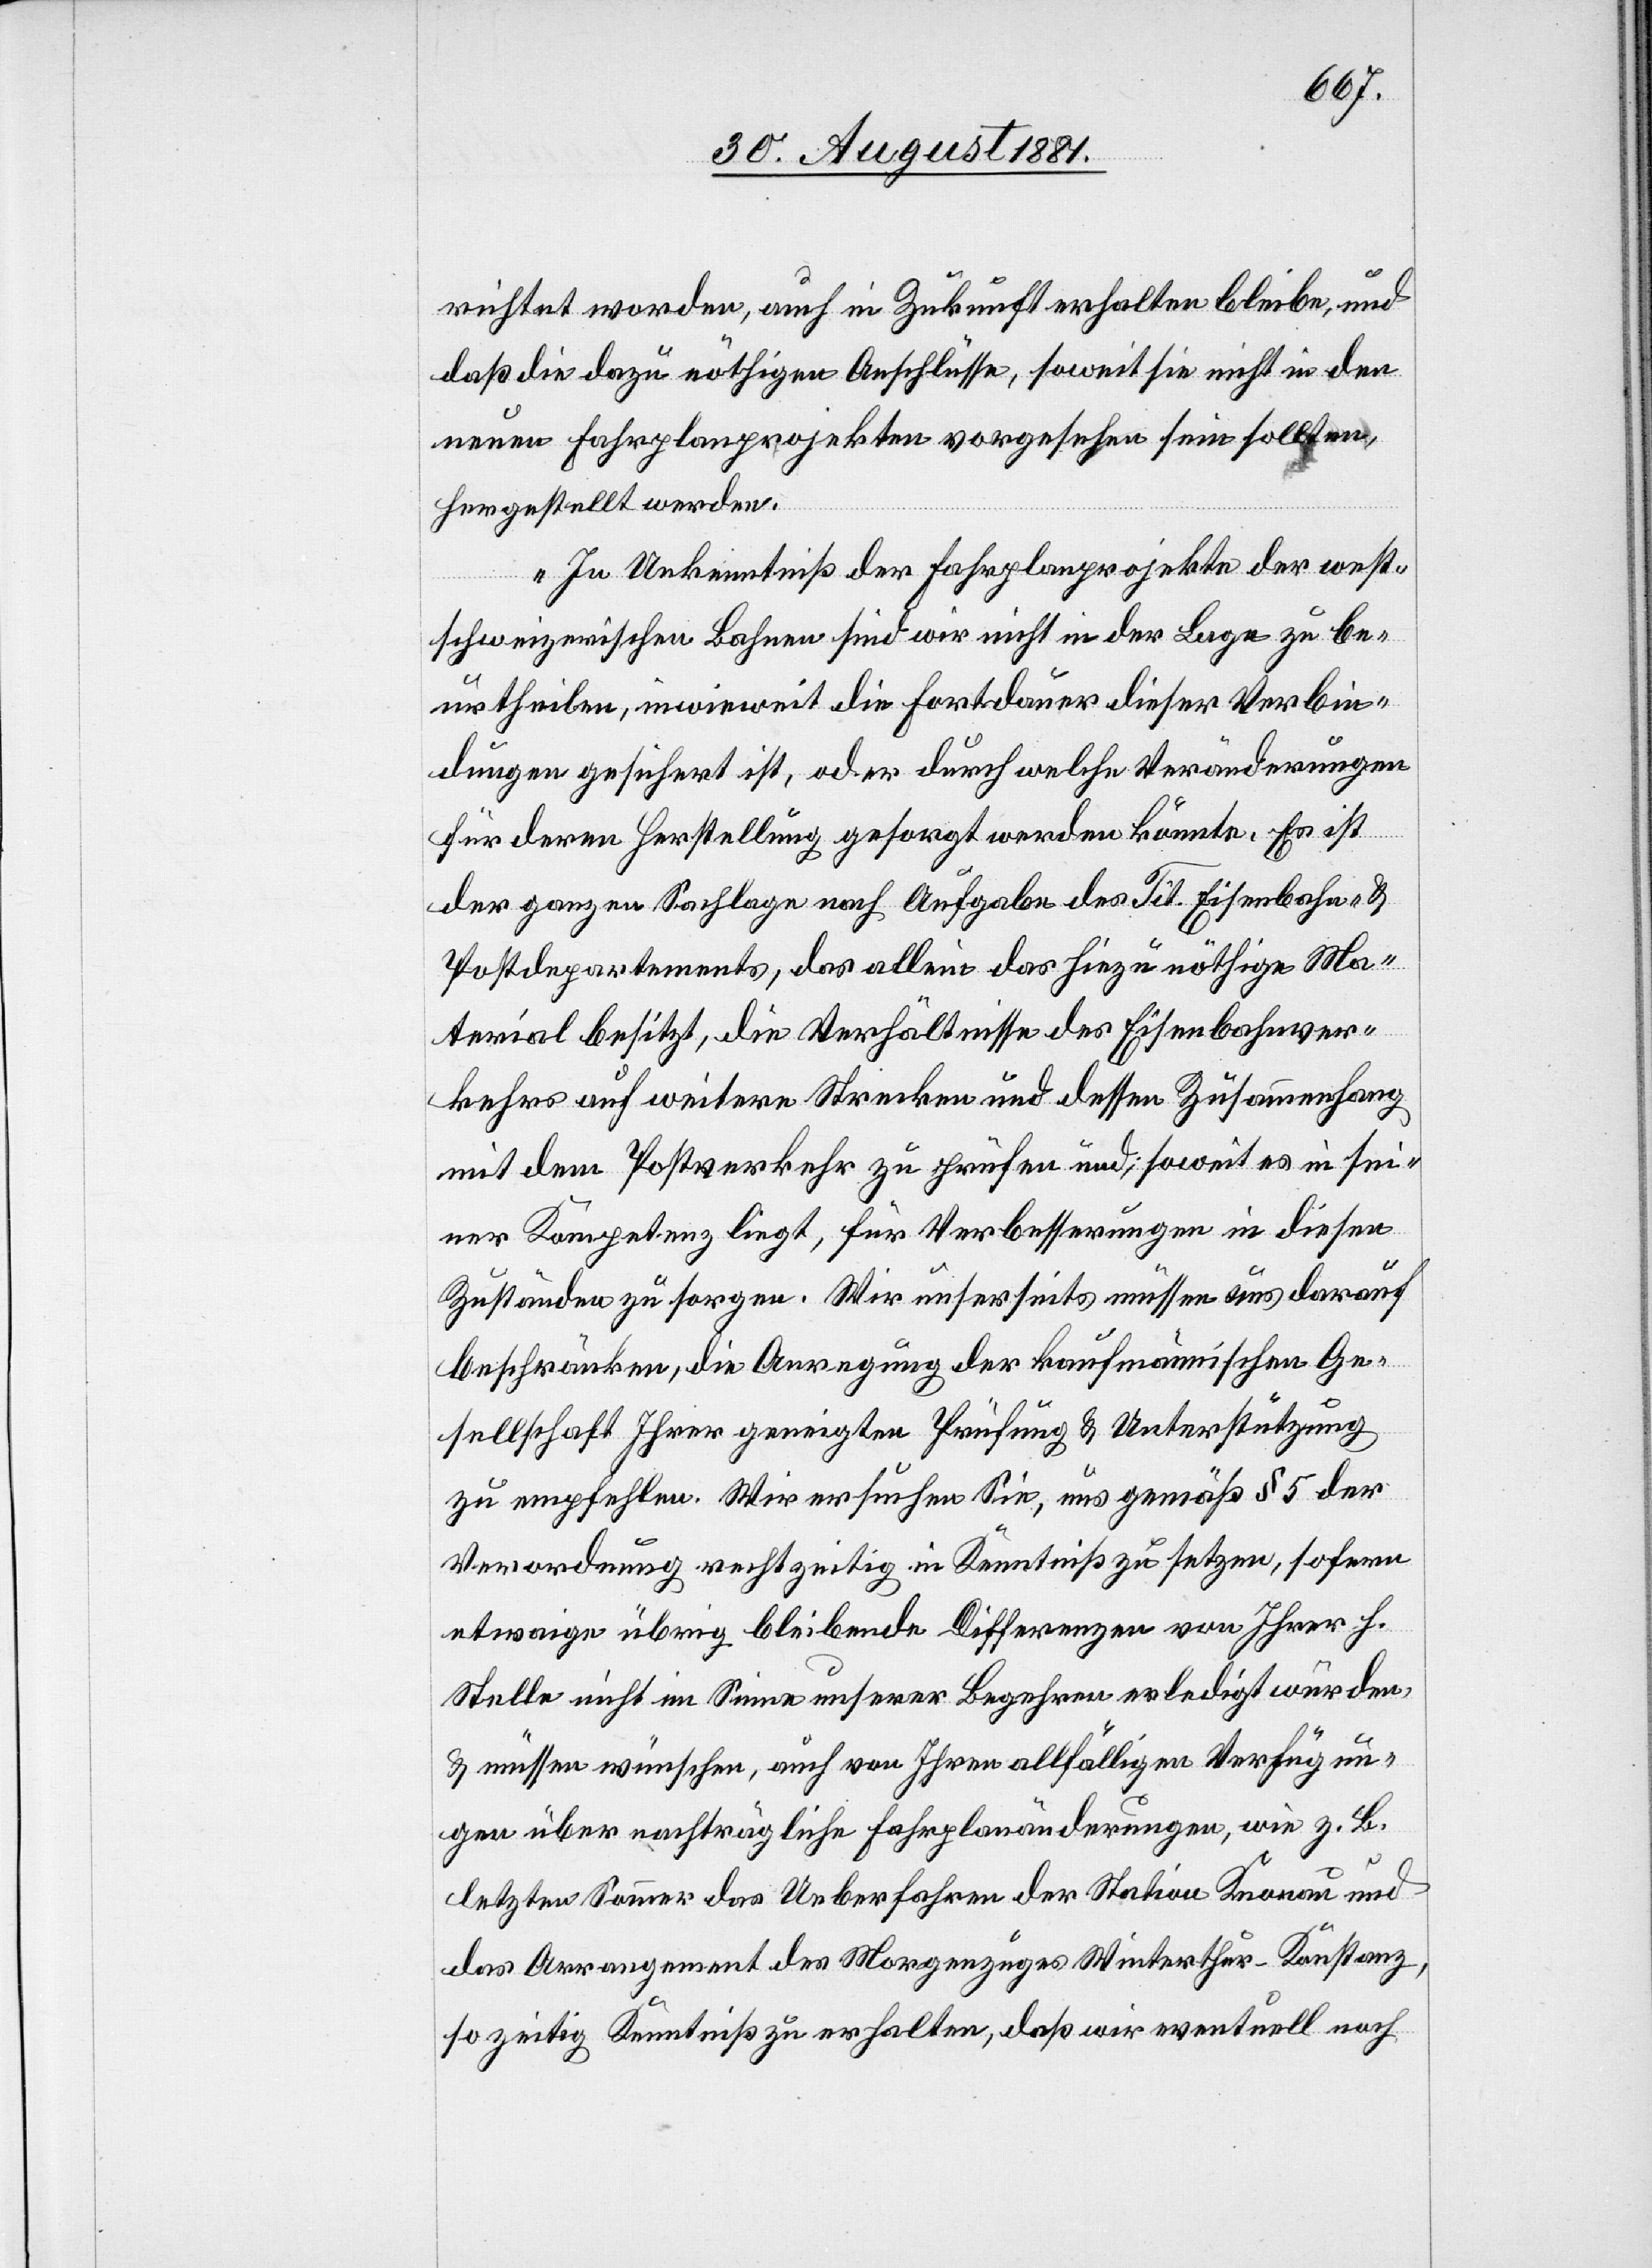
richtet worden, auch in Zukunft erhalten bleibe, und
daß die dazu nöthigen Anschlüsse, soweit sie nicht in den
neuen Fahrplanprojekten vorgesehen sein sollten,
hergestellt werden.
In Unkenntniß der Fahrplanprojekte der west¬
schweizerischen Bahnen sind wir nicht in der Lage zu be¬
urtheilen, inwieweit die Fortdauer dieser Verbin¬
dungen gesichert ist, oder durch welche Veränderungen
für deren Herstellung gesorgt werden könnte. Es ist
der ganzen Sachlage nach Aufgabe des Tit. Eisenbahn- &
Postdepartements, das allein das hiezu nöthige Ma¬
terial besitzt, die Verhältnisse des Eisenbahnver¬
kehrs auf weitere Strecken und dessen Zusammenhang
mit dem Postverkehr zu prüfen und, soweit es in sei¬
ner Kompetenz liegt, für Verbesserung in diesen
Zuständen zu sorgen. Wir unsererseits müssen uns darauf
beschränken, die Anregung der kaufmännischen Ge¬
sellschaft Ihrer geneigten Prüfung & Unterstützung
zu empfehlen. Wir ersuchen Sie, uns gemäß § 5 der
Verordnung rechtzeitig in Kenntniß zu setzen, sofern
etwaige übrig bleibende Differenzen von Ihrer h.
Stelle nicht im Sinne unserer Begehren erledigt würden
& müssen wünschen, auch von Ihren allfälligen Verfügun¬
gen über nachträgliche Fahrplanänderungen, wie z. B.
letzten Sommer das Ueberfahren der Station Knonau und
das Arrangement des Morgenzuges Winterthur–Konstanz,
so zeitig Kenntniß zu erhalten, daß wir eventuell noch